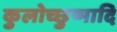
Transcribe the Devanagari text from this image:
कुलोच्छुष्मादि